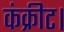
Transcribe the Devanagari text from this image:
कंक्रीट।